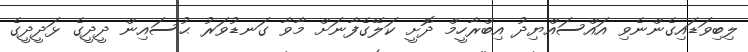
ލިބިވަޑައިގެންނެވި އައްސައްޔިދު އިބްރާހީމް ދޮށީ ކަލޭގެފާނަށް މާވާ ގަނޑުވަރު ޙުސައިން ދީދީގެ ޅަދީދީގެ